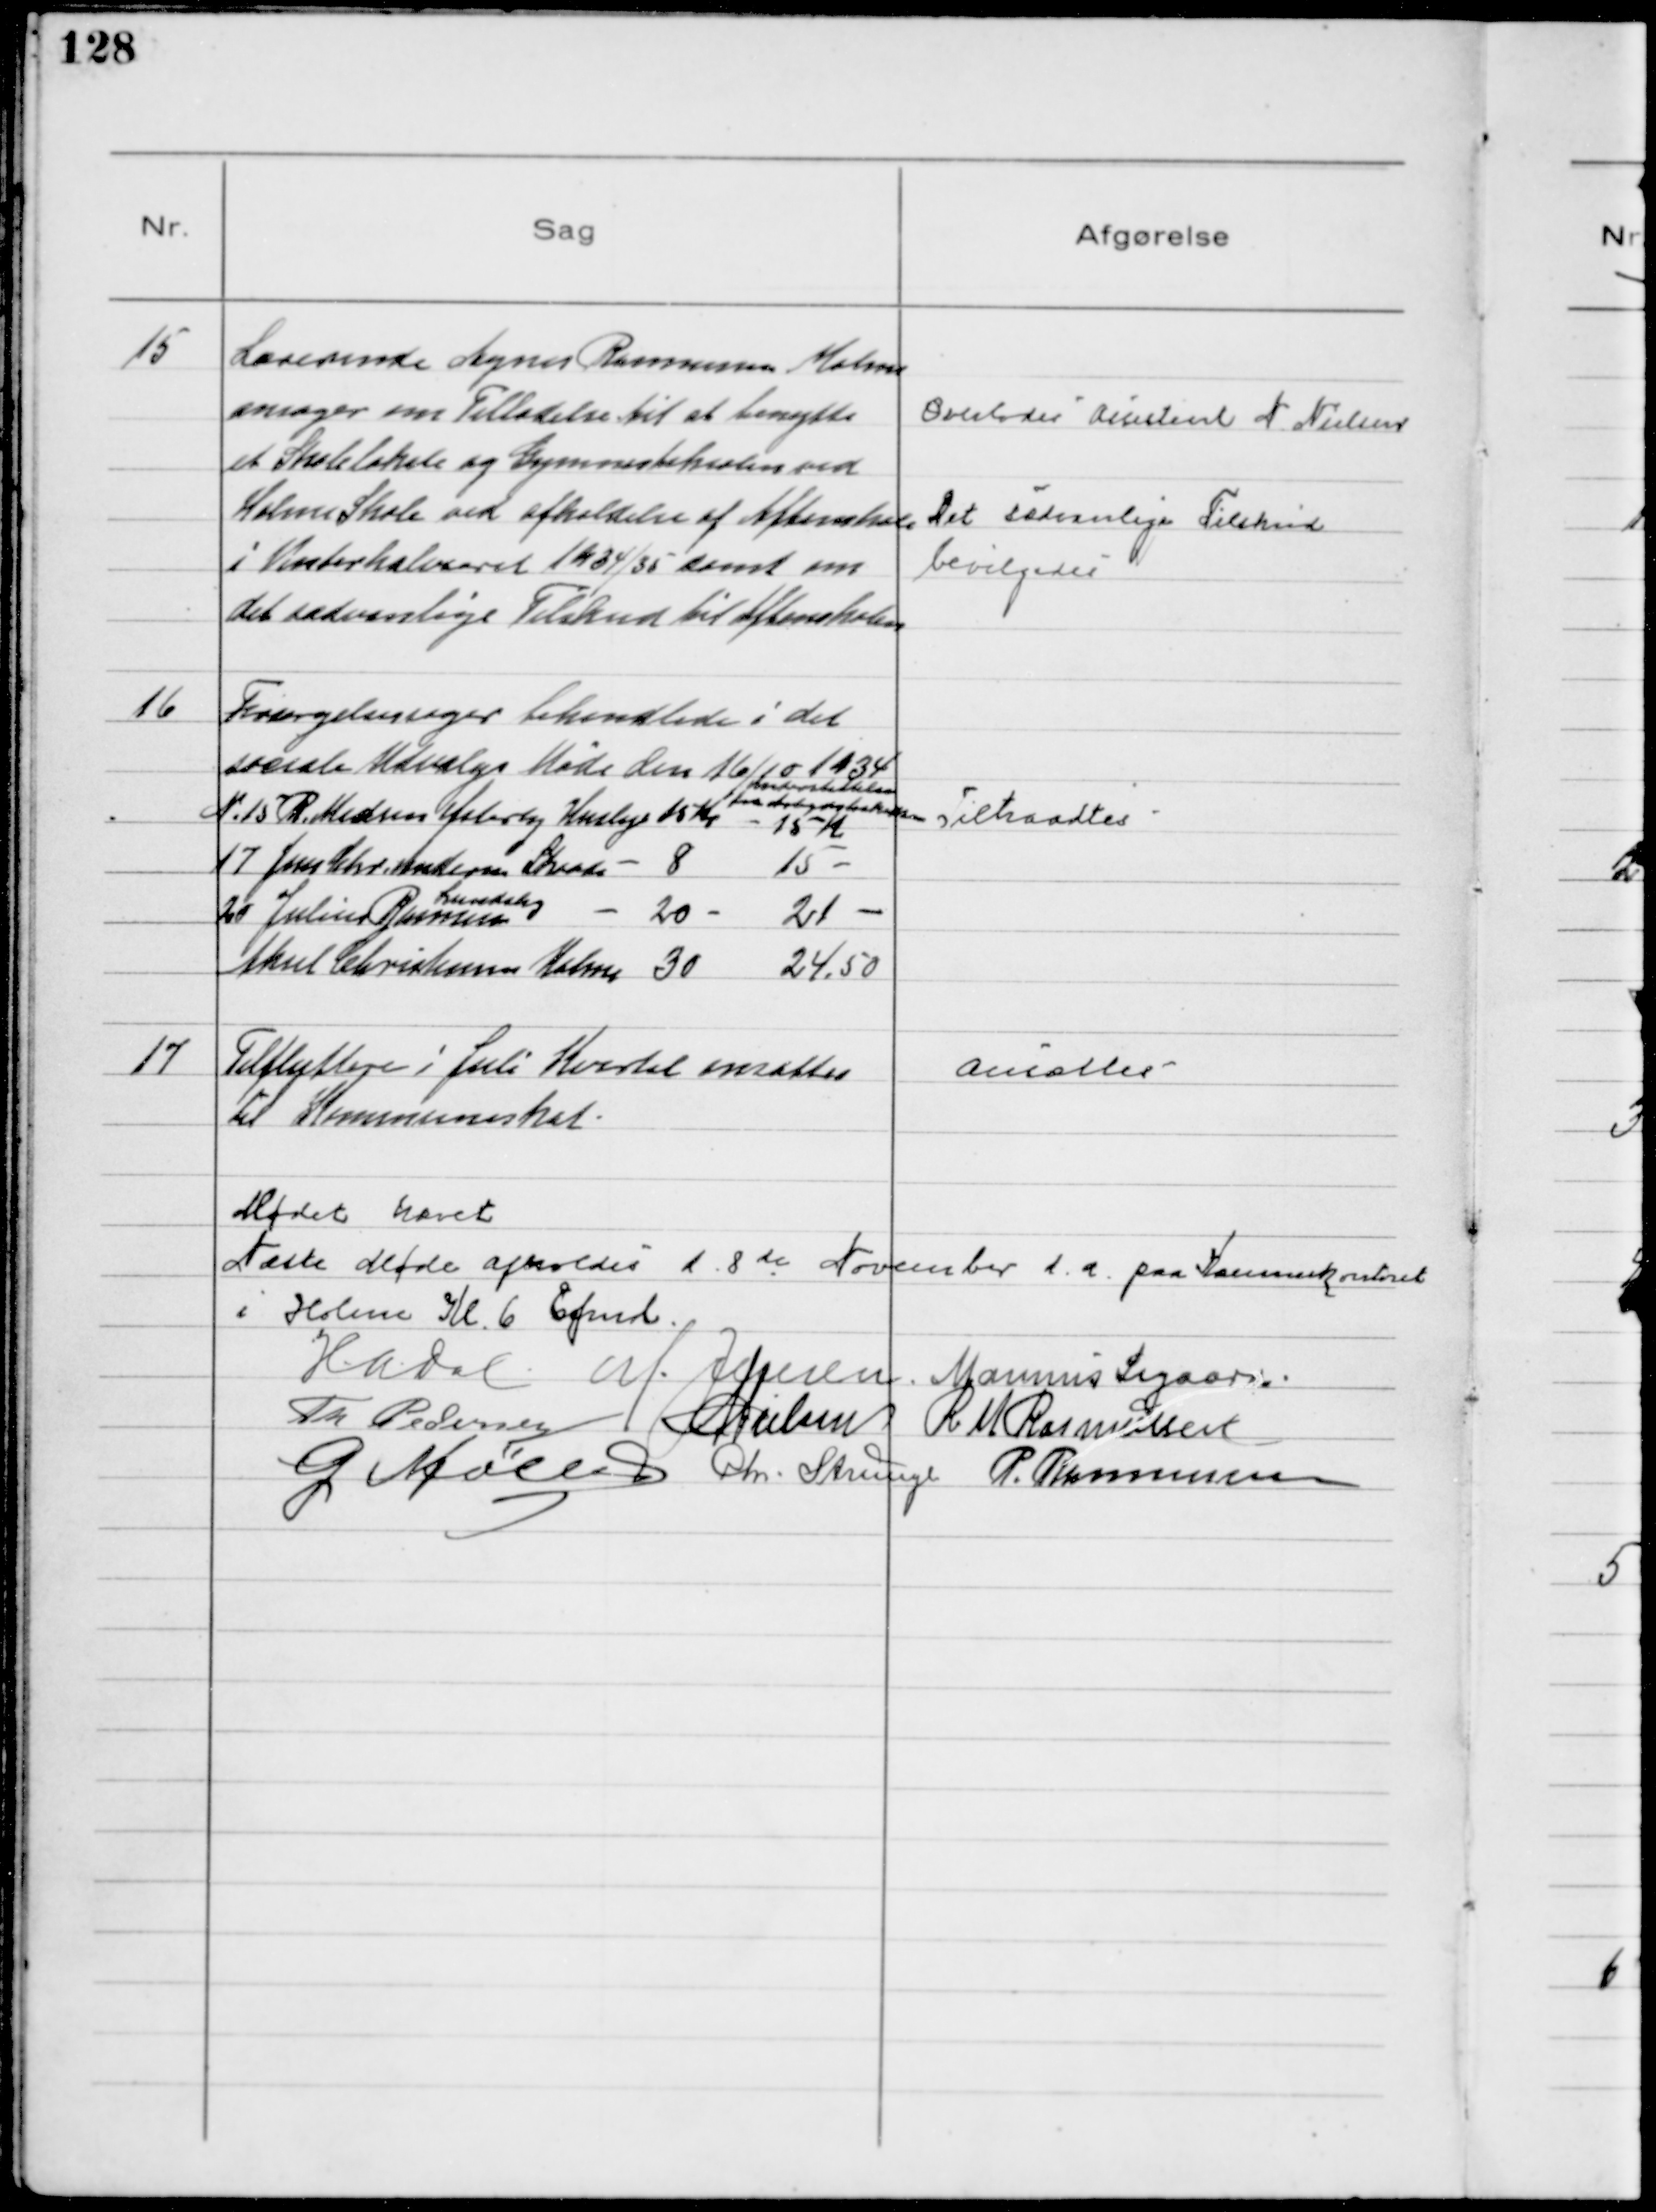
Transskription:
15
Lærerinde Agnes Rasmussen Holme
ansøger om Tilladelse til at benytte
et Skolelokale og Gymnastiksalen ved
Holme Skole ved afholdelse af Aftenskole
i Vinterhalvaaret 1934/35 samt om
det sædvanlige Tilskud til Aftenskolen
Overlodes Assistent N Nielsen
Det sædvanlige Tilskud
bevilgedes.

16
Forsørgelsessager behandlede i det
sociale Udvalgs Møde den 16/10 1934
Understøttelse
fra Arbejdsløshedskassen
№ 15 R. Madsen Østerby Husleje 15 Kr - 15 Kr
17 Jørn Chr. Andersen Skaade  
8  
15 
20 Julius Rasmussen
Lundshøj 
20
21 
Aksel Christensen Holme 30  
24.50

Tiltraadtes

17
Tilflyttere i Juli Kvartal ansattes
til Kommuneskat

Ansættes

Mødet hævet
Næste Møde afholdes d. 8 de November d. a. paa Kommunekontoret
i Holme Kl. 6 Efmd.
H.A Dal M. Jensen Marinus Sigaard
Th Pedersen N Nielsen R M Rasmussen
G Møller Chr. Strunge P. Rasmussen